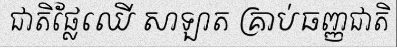
ជាតិផ្លែឈើ សាឡាត គ្រាប់ធញ្ញជាតិ